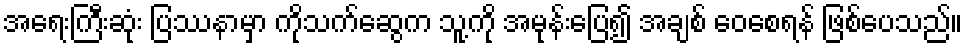
အရေးကြီးဆုံး ပြဿနာမှာ ကိုသက်ဆွေက သူ့ကို အမုန်းပြေ၍ အချစ် ဝေစေရန် ဖြစ်ပေသည်။